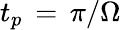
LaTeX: t_{p}\, =\, \pi/\Omega